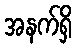
အနက်ရှိ